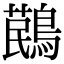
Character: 𪃔